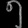
Digit: ၅